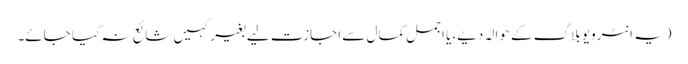
(یہ انٹرویو بلاگ کے حوالہ دیے،یا اجمل کمال سے اجازت لیے بغیر کہیں شائع نہ کیا جائے۔